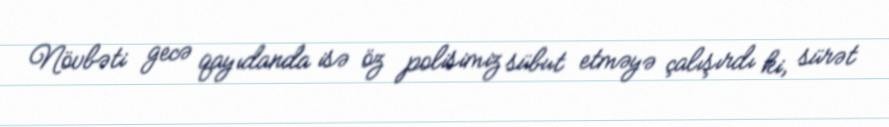
Növbəti gecə qayıdanda isə öz polisimiz sübut etməyə çalışırdı ki, sürət